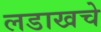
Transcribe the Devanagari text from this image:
लडाखचे